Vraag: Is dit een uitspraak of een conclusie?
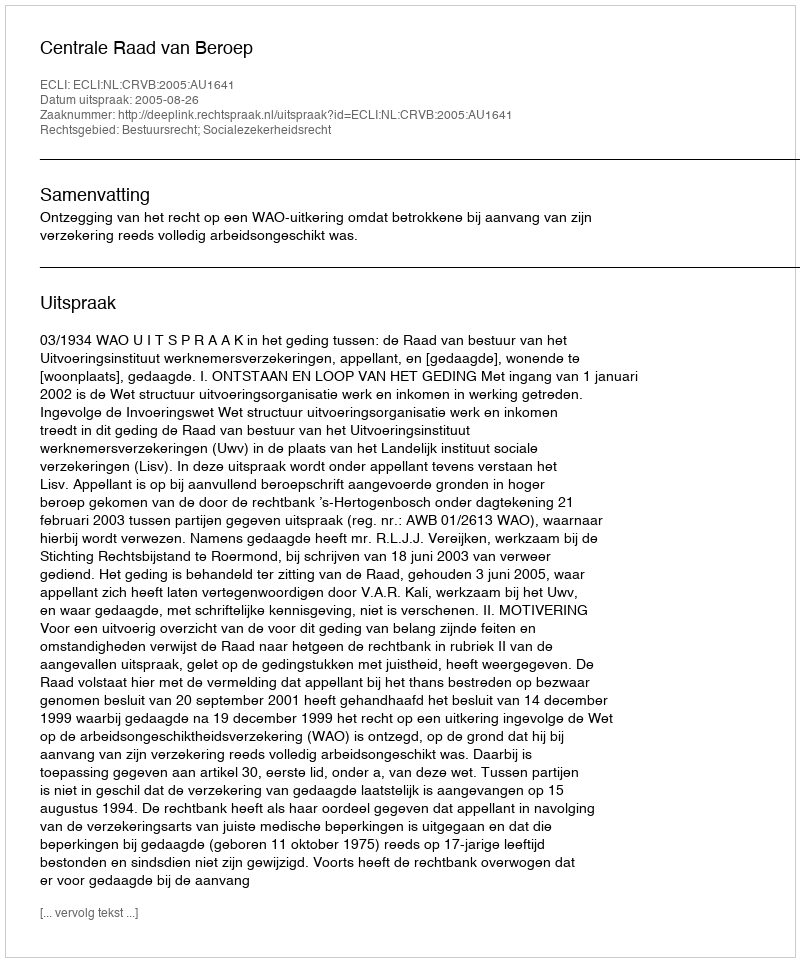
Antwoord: Uitspraak